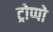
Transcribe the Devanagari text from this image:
ट्रोप्पो